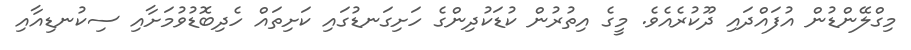
މިގްލޭންޑުން އުފައްދައި ދޫކުރެއެވެ. މީގެ އިތުރުން ކުޑަކުދިންގެ ހަށިގަނޑުގައި ކަށިތައް ހެދިބޮޑުވުމަށާއި ސިކުނޑިއާއި